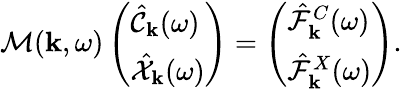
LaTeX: \mathcal{M}({\mathbf k},\omega)\left(\begin{array}{l}{\hat{\mathcal{C}}_{\mathbf k}(\omega)}\\ {\hat{\mathcal{X}}_{\mathbf k}(\omega)}\end{array}\right)=\left(\begin{array}{l}{\hat{\mathcal{F}}_{{\mathbf k}}^{C}(\omega)}\\ {\hat{\mathcal{F}}_{{\mathbf k}}^{X}(\omega)}\end{array}\right).